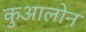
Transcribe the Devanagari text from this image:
कुआलोन